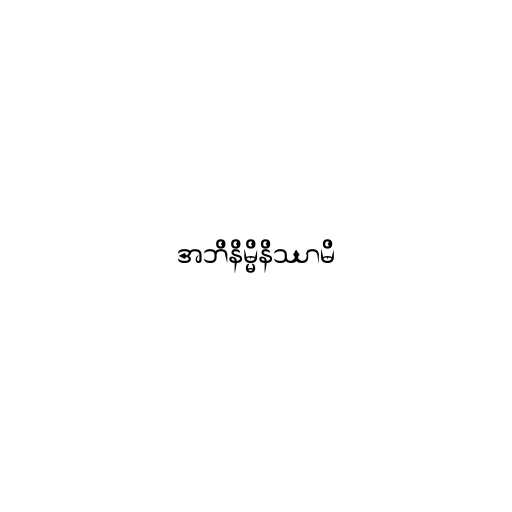
အဘိနိမ္မိနိဿာမိ